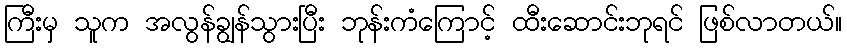
ကြီးမှ သူက အလွန်ချွန်သွားပြီး ဘုန်းကံကြောင့် ထီးဆောင်းဘုရင် ဖြစ်လာတယ်။